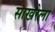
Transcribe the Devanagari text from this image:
साखरेला